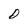
Character: D